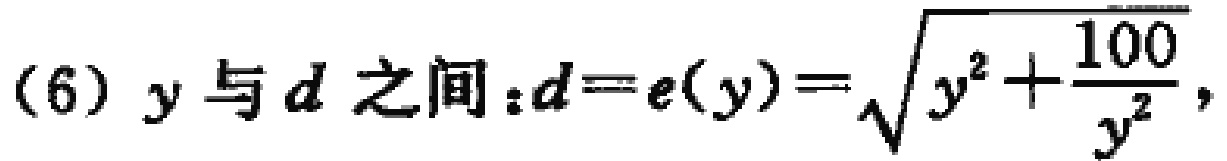
(6) $y$与$d$之间：$d = e(y)=\sqrt{y^{2}+\frac{100}{y^{2}}}$，